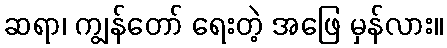
ဆရာ၊ ကျွန်တော် ရေးတဲ့ အဖြေ မှန်လား။